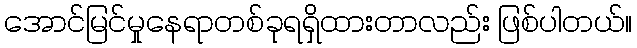
အောင်မြင်မှုနေရာတစ်ခုရရှိထားတာလည်း ဖြစ်ပါတယ်။